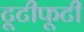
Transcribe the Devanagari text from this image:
टूटीफूटी